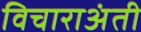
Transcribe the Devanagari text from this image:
विचाराअंती